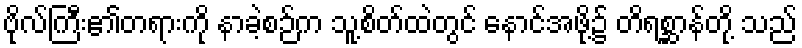
ဗိုလ်ကြီး၏တရားကို နာခဲ့စဉ်က သူ့စိတ်ထဲတွင် နောင်အဖို့၌ တိရစ္ဆာန်တို့ သည်